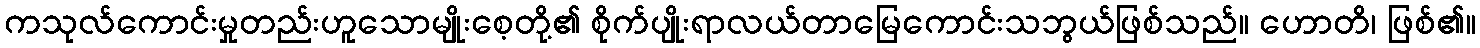
ကသုလ်ကောင်းမှုတည်းဟူသောမျိုးစေ့တို့၏ စိုက်ပျိုးရာလယ်တာမြေကောင်းသဘွယ်ဖြစ်သည်။ ဟောတိ၊ ဖြစ်၏။